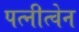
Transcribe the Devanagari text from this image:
पत्नीत्वेन